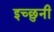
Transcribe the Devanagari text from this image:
इच्छुनी